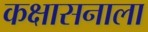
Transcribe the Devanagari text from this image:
कक्षासनाला